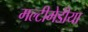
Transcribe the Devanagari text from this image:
मल्टीमेडीया